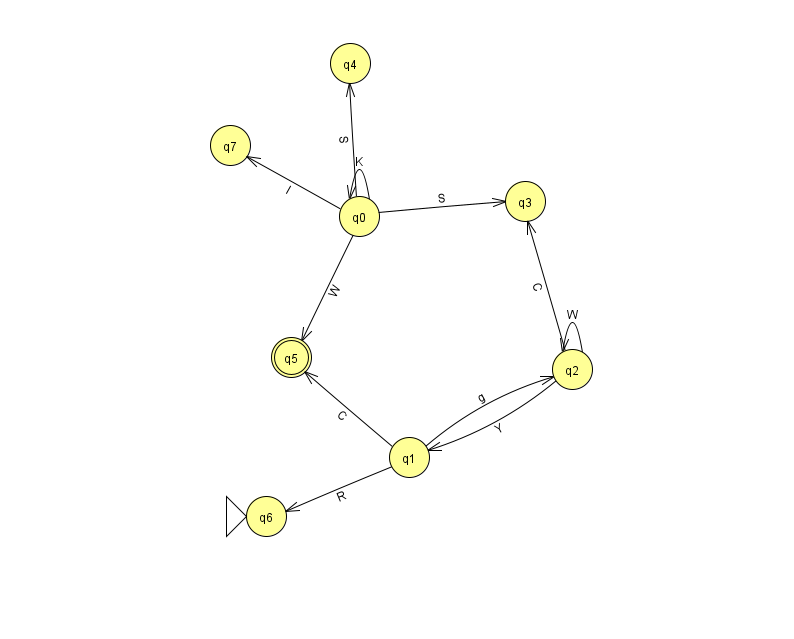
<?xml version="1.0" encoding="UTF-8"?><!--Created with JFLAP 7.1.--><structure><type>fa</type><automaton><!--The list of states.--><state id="0" name="q0"><x>359.0</x><y>203.0</y></state><state id="1" name="q1"><x>409.0</x><y>444.0</y></state><state id="2" name="q2"><x>572.0</x><y>356.0</y></state><state id="3" name="q3"><x>525.0</x><y>188.0</y></state><state id="4" name="q4"><x>350.0</x><y>50.0</y></state><state id="5" name="q5"><x>291.0</x><y>344.0</y><final/></state><state id="6" name="q6"><x>266.0</x><y>503.0</y><initial/></state><state id="7" name="q7"><x>230.0</x><y>132.0</y></state><!--The list of transitions.--><transition><from>0</from><to>3</to><read>S</read></transition><transition><from>1</from><to>6</to><read>R</read></transition><transition><from>0</from><to>5</to><read>W</read></transition><transition><from>1</from><to>2</to><read>g</read></transition><transition><from>2</from><to>2</to><read>W</read></transition><transition><from>2</from><to>1</to><read>Y</read></transition><transition><from>0</from><to>7</to><read>I</read></transition><transition><from>0</from><to>4</to><read>S</read></transition><transition><from>0</from><to>0</to><read>K</read></transition><transition><from>1</from><to>5</to><read>C</read></transition><transition><from>2</from><to>3</to><read>C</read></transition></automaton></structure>